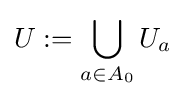
U:=\bigcup _{a\in A_{0}}U_{a}